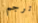
ترجم